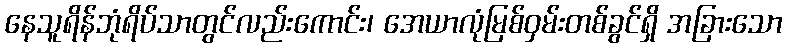
နေသူရိန်ဘုံရိပ်သာတွင်လည်းကောင်း၊ အေယာလုံမြစ်ဝှမ်းတစ်ခွင်ရှိ အခြားသော